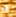
هو